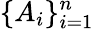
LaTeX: \{ A_{i}\} _{i=1}^{n}